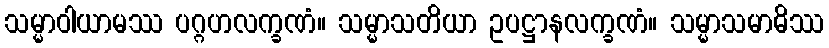
သမ္မာဝါယာမဿ ပဂ္ဂဟလက္ခဏံ။ သမ္မာသတိယာ ဥပဋ္ဌာနလက္ခဏံ။ သမ္မာသမာဓိဿ